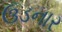
ઉડનાર